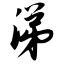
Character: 涕